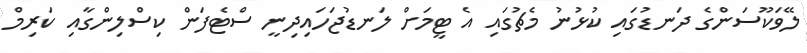
ލޭވަކޫސަންގެ ދަނޑުގައި ކުޅުނު މެޗުގައި އެ ޓީމަށް ލަނޑުޖަހައިދިނީ ސްޓެފަން ކިސްލިންގާއި ކަރިމް